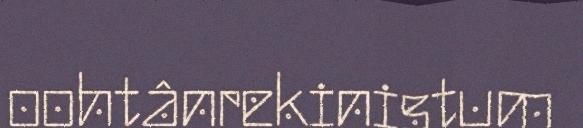
oohtânrekinistum